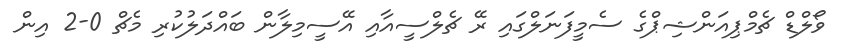
ވޯލްޑް ޗެމްޕިއަންޝިޕްގެ ސެމީފަނަލްގައި ރޭ ޗެލްސީއާއި އޭސީމިލާން ބައްދަލުކުރި މެޗް 0-2 އިން